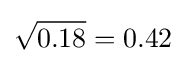
{\sqrt {0.18}}=0.42